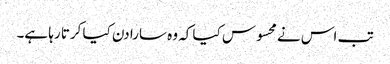
تب اس نے محسوس کیا کہ وہ سارا دن کیا کرتا رہا ہے۔